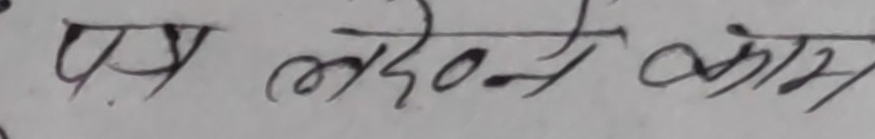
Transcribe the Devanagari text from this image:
इस लड़के ने काम